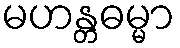
မဟန္တဓမ္မာ